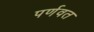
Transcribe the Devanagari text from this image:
पर्णवत